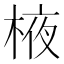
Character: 棭